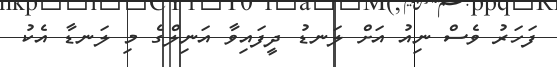
ފަހަރު ވެސް ނިއު އަށް ލަނޑު ދީފައިވާ އަނިލްގެ މި ލަނޑާ އެކު